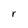
Character: r